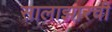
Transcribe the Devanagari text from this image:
सालाझारची